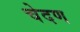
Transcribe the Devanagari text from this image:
चेदण